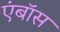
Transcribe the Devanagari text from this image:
एंबॉस